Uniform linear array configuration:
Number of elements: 32
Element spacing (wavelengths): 0.25
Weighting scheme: cosine
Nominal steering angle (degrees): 45
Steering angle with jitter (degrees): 44.986
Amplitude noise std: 0.05
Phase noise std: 0.05

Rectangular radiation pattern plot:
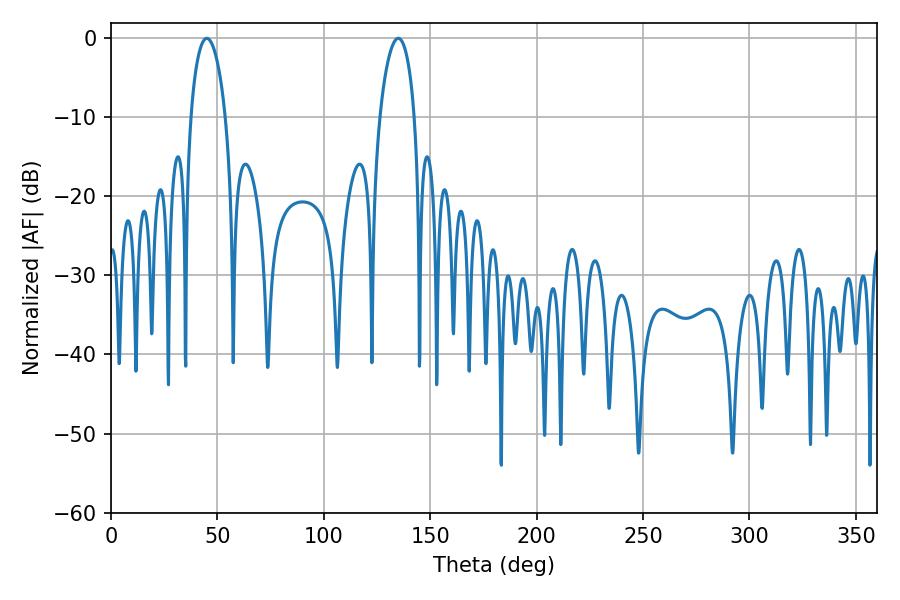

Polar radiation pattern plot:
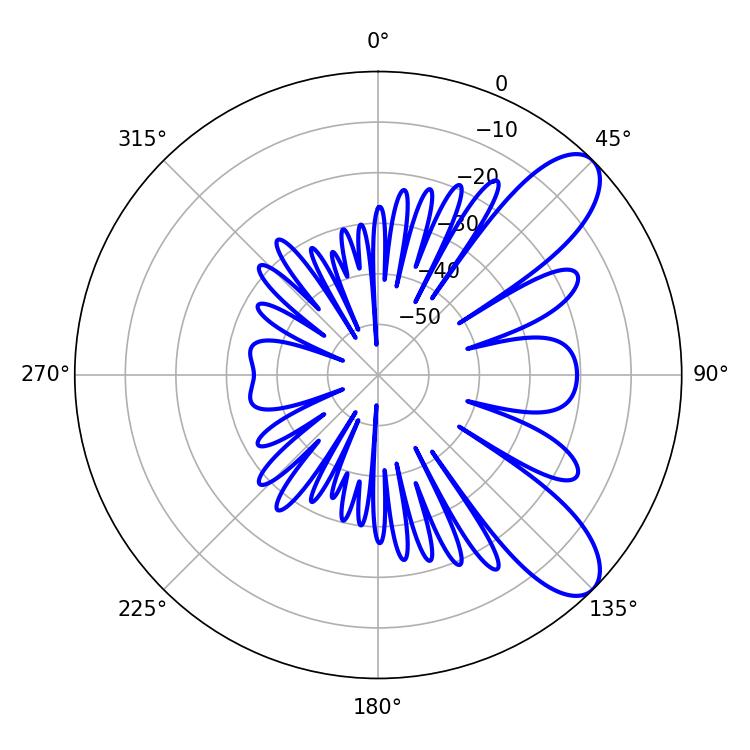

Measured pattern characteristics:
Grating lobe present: FALSE
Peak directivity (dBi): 8.984
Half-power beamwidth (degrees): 9.36
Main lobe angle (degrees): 135